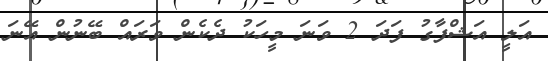
އަލީ އަޝްފާގު ފަދަ 2 ވަނަ މީހަކު ދެކެން ވަރައް ބޭނުން އޭނަ